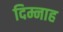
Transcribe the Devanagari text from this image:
दिम्नाह